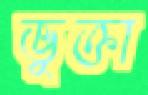
ভুক্তা